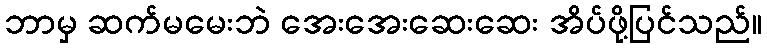
ဘာမှ ဆက်မမေးဘဲ အေးအေးဆေးဆေး အိပ်ဖို့ပြင်သည်။